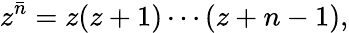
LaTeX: z^{\bar{n}}=z(z+1)\cdots(z+n-1),